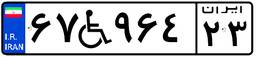
۶۷W۹۶۴۲۳